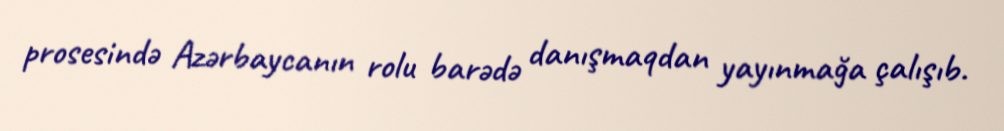
prosesində Azərbaycanın rolu barədə danışmaqdan yayınmağa çalışıb.